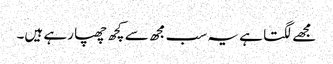
مجھے لگتا ہے یہ سب مجھ سے کچھ چھپا رہے ہیں۔